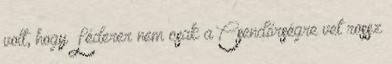
volt, hogy Léderer nem csak a Csendőrségre vet rossz